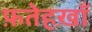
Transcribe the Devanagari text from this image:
फ़तेहख़ाँ